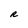
Character: R